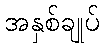
အနှစ်ချုပ်